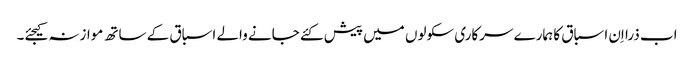
اب ذرا اِن اسباق کا ہمارے سرکاری سکولوں میں پیش کئے جانے والے اسباق کے ساتھ موازنہ کیجئے۔